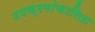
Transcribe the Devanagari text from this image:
उपक्रमांकारिता